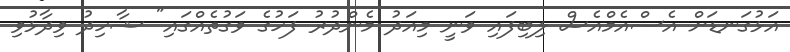
އަޅުގަނޑަށް އެސްއެމްއެސް ލިބިފައި ވަނީ މިއަދު މެންދުރު ފަހުގެ ވަގުތެއްގައި" ޝާހިދު ވިދާޅުވި